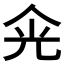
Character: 𠈑